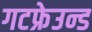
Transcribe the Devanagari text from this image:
गटफ्रेउन्ड